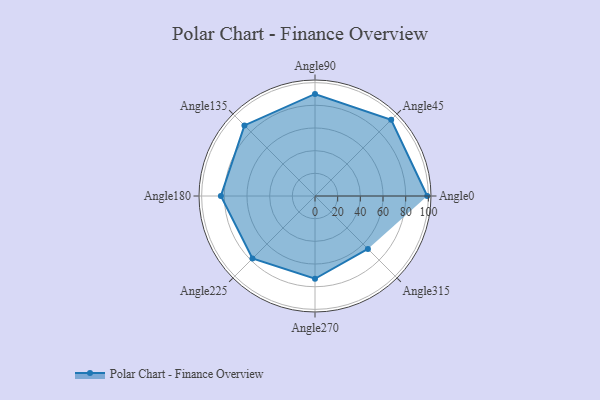
{"axis": {"x": "Angle", "y": "Radius"}, "legend": [""], "data": [{"x": "Angle0", "y": 99.0, "type": ""}, {"x": "Angle45", "y": 95.0, "type": ""}, {"x": "Angle90", "y": 90.0, "type": ""}, {"x": "Angle135", "y": 88.0, "type": ""}, {"x": "Angle180", "y": 83.0, "type": ""}, {"x": "Angle225", "y": 78.0, "type": ""}, {"x": "Angle270", "y": 73.0, "type": ""}, {"x": "Angle315", "y": 66.0, "type": ""}]}